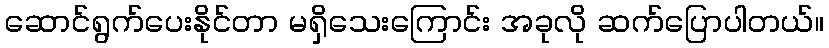
ဆောင်ရွက်ပေးနိုင်တာ မရှိသေးကြောင်း အခုလို ဆက်ပြောပါတယ်။